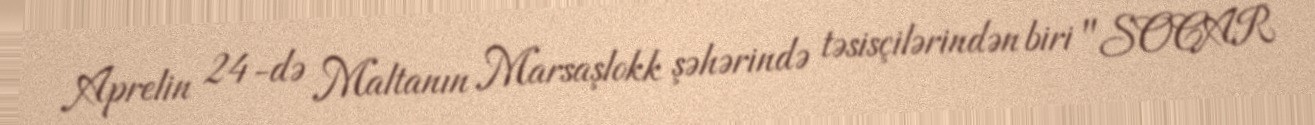
Aprelin 24-də Maltanın Marsaşlokk şəhərində təsisçilərindən biri "SOCAR